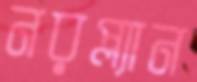
নরপ্ল্যান